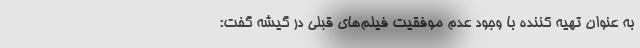
به عنوان تهیه کننده با وجود عدم موفقیت فیلم‌های قبلی در گیشه گفت: